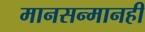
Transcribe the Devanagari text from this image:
मानसन्मानही